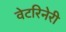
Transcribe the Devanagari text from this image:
वेटरिनेरी